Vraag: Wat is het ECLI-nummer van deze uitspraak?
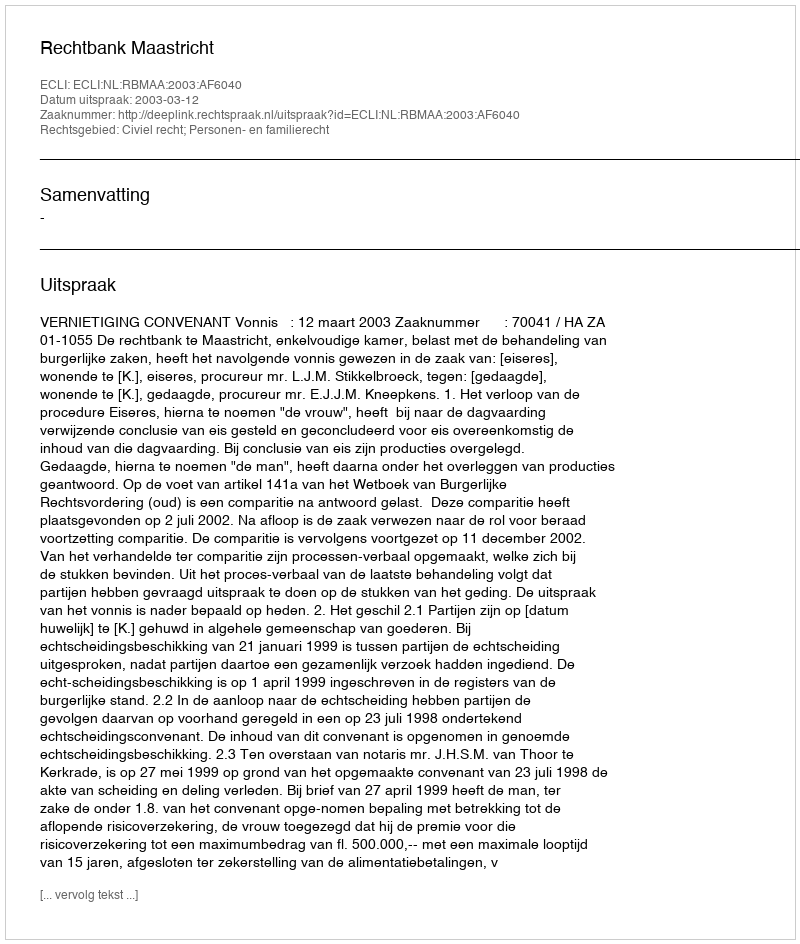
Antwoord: ECLI:NL:RBMAA:2003:AF6040